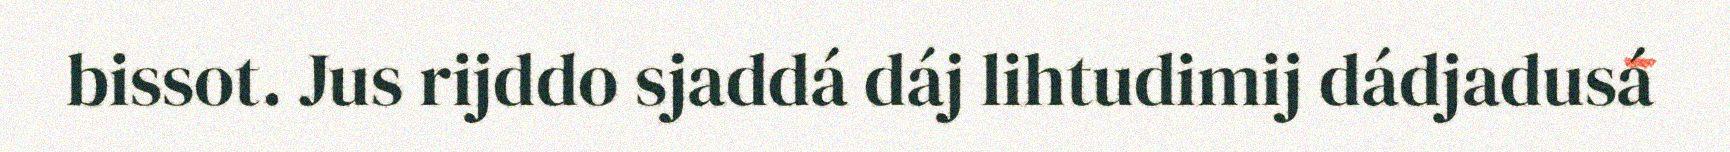
bissot. Jus rijddo sjaddá dáj lihtudimij dádjadusá